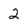
Character: 2